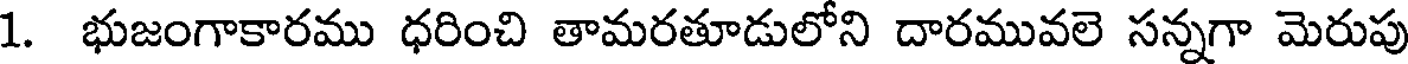
1. భుజంగాకారము ధరించి తామరతూడులోని దారమువలె సన్నగా మెరుపు